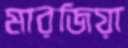
মারজিয়া